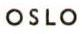
OSLO